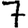
Digit: 7